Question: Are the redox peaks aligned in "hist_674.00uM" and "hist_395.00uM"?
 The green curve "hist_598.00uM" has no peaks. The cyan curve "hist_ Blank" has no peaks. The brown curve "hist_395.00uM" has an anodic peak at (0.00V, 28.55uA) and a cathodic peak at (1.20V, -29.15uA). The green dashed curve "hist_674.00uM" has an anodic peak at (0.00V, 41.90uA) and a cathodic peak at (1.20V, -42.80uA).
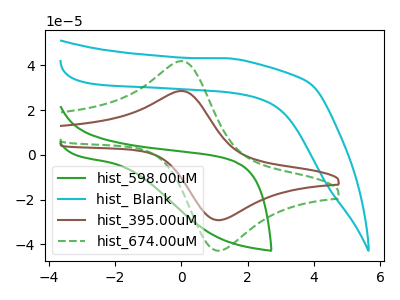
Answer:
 <answer>Yes, "hist_674.00uM" have a peak in "hist_395.00uM" at the same potential.</answer>
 <eval>match</eval>